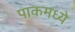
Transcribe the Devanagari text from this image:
पाकमध्ये